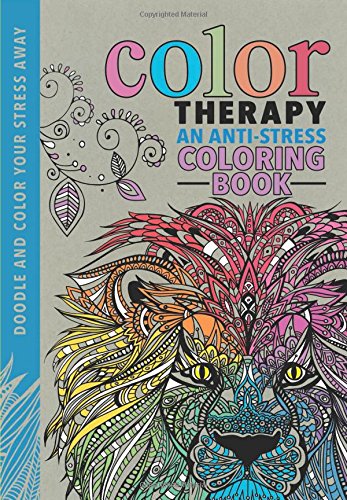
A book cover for Color Therapy: An Anti-Stress Coloring Book; Cindy Wilde; Crafts, Hobbies & Home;